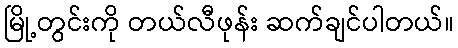
မြို့တွင်းကို တယ်လီဖုန်း ဆက်ချင်ပါတယ်။